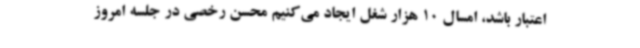
اعتبار باشد، امسال 10 هزار شغل ایجاد می‌کنیم محسن رخصی در جلسه امروز